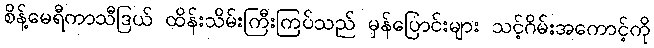
စိန့်မေရီကာသီဒြယ် ထိန်းသိမ်းကြီးကြပ်သည် မှန်ပြောင်းများ သင့်ဂိမ်းအကောင့်ကို